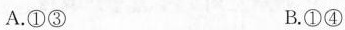
A.①③ B.①④